Reports on dispensaries and lunatic asylums in the Province of Oudh - 1869-1876
Year: 1869
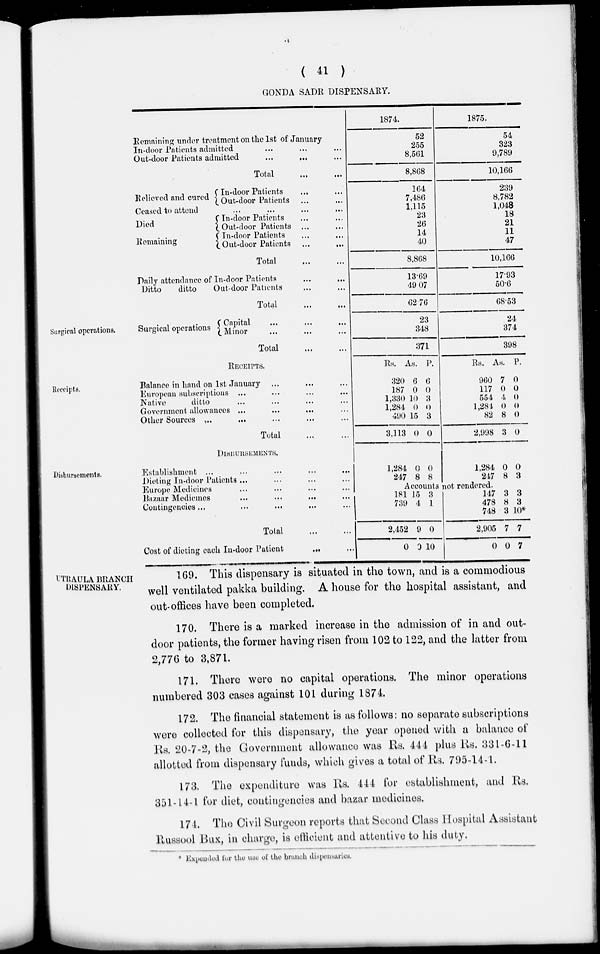
( 41 )
GONDA SADR DISPENSARY.
Remaining under treatment on the 1st of January
In-door Patients admitted ... ... ...
Out-door Patients admitted
... ... ...
Total
...
...
Relieved and cured In-door Patients ... ...
Out-door Patients ... ...
Ceased to attend
... ... ... ...
Died
Remaining
In-door Patients ... ...
Out-door Patients ... ...
In-door Patients ... ...
Out-door Patients ...
...
Total
...
...
Daily attendance of In-door Patients
...
...
Ditto
ditto
Out-door Patients ... ...
Total
...
...
1874.
52
255
8,561
8,868
164
7,486
1,115
23
26
14
40
8,868
13.69
49 07
62.76
1875.
54
323
9,789
10,166
239
8,782
1,048
18
21
11
47
10,166
17.93
50.6
68.53
Surgical operations.
Surgical operations
Capital ... ... ...
Minor ... ... ...
Total
...
...
23
348
371
24
374
398
Receipts.
RECEIPTS.
Balance in hand on 1st January ... ... ...
European subscriptions ... ... ... ...
Native
ditto ... ... ... ...
Government allowances ...
...
...
...
Other Sources ... ... ... ... ...
Total
...
...
Rs.
320
187
1,330
1,284
490
3,113
As.
6
0
10
0
15
0
P.
6
0
3
0
3
0
Rs.
960
117
554
1,284
82
2,998
As.
7
0
4
0
8
3
P.
0
0
0
0
0
0
Disbursements.
DISBURSEMENTS.
Establishment ... ... ... ... ...
Dieting In-door Patients ... ... ... ...
Europe Medicines ... ... ... ...
Bazaar Medicines ... ...
...
...
Contingencies ... ... ... ...
...
Total
...
...
Cost of dieting each In-door Patient ... ...
1,284
247
0
8
0
8
1,284
247
0
8
0
3
Accounts not rendered.
181
739
15
4
3
1
2,452
0
9
0
0
10
147
478
748
2,905
0
3
8
3
7
0
3
3
10*
7
7
UTRAULA BRANCH
DISPENSARY.
169. This dispensary is situated in the town, and is a commodious
well ventilated pakka building. A house for the hospital assistant, and
out-offices have been completed.
170. There is a marked increase in the admission of in and out-
door patients, the former having risen from 102 to 122, and the latter from
2,776 to 3,871.
171. There were no capital operations. The minor operations
numbered 303 cases against 101 during 1874.
172. The financial statement is as follows: no separate subscriptions
were collected for this dispensary, the year opened with a balance of
Rs. 20-7-2, the Government allowance was Rs. 444 plus Rs. 331-6-11
allotted from dispensary funds, which gives a total of Rs. 795-14-1.
173. The expenditure was Rs. 444 for establishment, and Rs.
351-14-1 for diet, contingencies and bazar medicines.
174. The Civil Surgeon reports that Second Class Hospital Assistant
Russool Bux, in charge, is efficient and attentive to his duty.
* Expended for the use of the branch dispensaries.